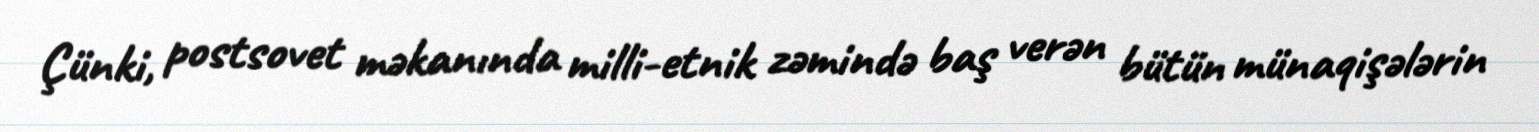
Çünki, postsovet məkanında milli-etnik zəmində baş verən bütün münaqişələrin